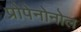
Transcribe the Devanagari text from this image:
प्रोपेनोनोल